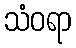
သံဝရာ